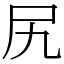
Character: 尻